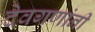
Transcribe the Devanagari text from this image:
देवगणांनी